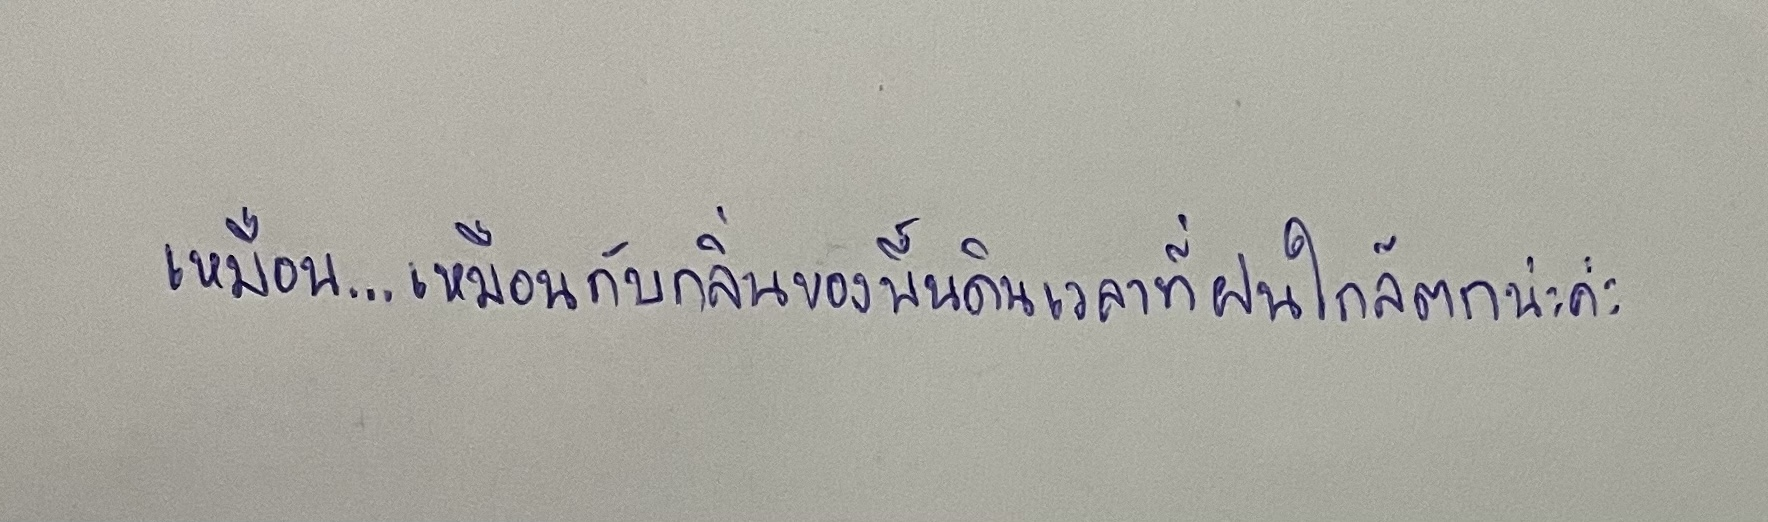
เหมือน...เหมือนกับกลิ่นของพื้นดินเวลาที่ฝนใกล้ตกน่ะค่ะ